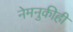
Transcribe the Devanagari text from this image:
नेमनुकीही